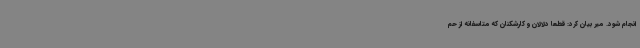
انجام شود. میر بیان کرد: قطعا دلالان و کارشکنان که متاسفانه از حم